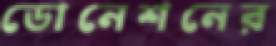
ডোনেশনের